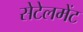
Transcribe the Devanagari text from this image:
सेटेलमेंट